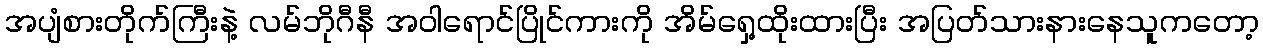
အပျံစားတိုက်ကြီးနဲ့ လမ်ဘိုဂီနီ အဝါရောင်ပြိုင်ကားကို အိမ်ရှေ့ထိုးထားပြီး အပြတ်သားနားနေသူကတော့